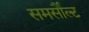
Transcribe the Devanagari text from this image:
समर्सौल्ट